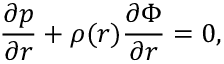
\frac { \partial p } { \partial \boldsymbol { r } } + \rho ( \boldsymbol { r } ) \frac { \partial \Phi } { \partial \boldsymbol { r } } = 0 ,